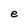
Character: e